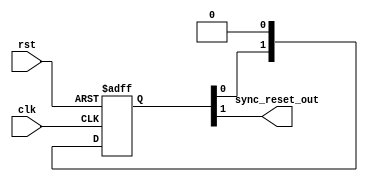
// This program was cloned from: https://github.com/alexforencich/verilog-uart
// License: MIT License

/*

Copyright (c) 2014-2018 Alex Forencich

Permission is hereby granted, free of charge, to any person obtaining a copy
of this software and associated documentation files (the "Software"), to deal
in the Software without restriction, including without limitation the rights
to use, copy, modify, merge, publish, distribute, sublicense, and/or sell
copies of the Software, and to permit persons to whom the Software is
furnished to do so, subject to the following conditions:

The above copyright notice and this permission notice shall be included in
all copies or substantial portions of the Software.

THE SOFTWARE IS PROVIDED "AS IS", WITHOUT WARRANTY OF ANY KIND, EXPRESS OR
IMPLIED, INCLUDING BUT NOT LIMITED TO THE WARRANTIES OF MERCHANTABILITY
FITNESS FOR A PARTICULAR PURPOSE AND NONINFRINGEMENT. IN NO EVENT SHALL THE
AUTHORS OR COPYRIGHT HOLDERS BE LIABLE FOR ANY CLAIM, DAMAGES OR OTHER
LIABILITY, WHETHER IN AN ACTION OF CONTRACT, TORT OR OTHERWISE, ARISING FROM,
OUT OF OR IN CONNECTION WITH THE SOFTWARE OR THE USE OR OTHER DEALINGS IN
THE SOFTWARE.

*/

// Language: Verilog-2001

`timescale 1 ns / 1 ps

/*
 * Synchronizes an active-high asynchronous reset signal to a given clock by
 * using a pipeline of N registers.
 */
module sync_reset #(
    parameter N=2 // depth of synchronizer
)(
    input wire clk,
    input wire rst,
    output wire sync_reset_out
);

reg [N-1:0] sync_reg = {N{1'b1}};

assign sync_reset_out = sync_reg[N-1];

always @(posedge clk or posedge rst) begin
    if (rst)
        sync_reg <= {N{1'b1}};
    else
        sync_reg <= {sync_reg[N-2:0], 1'b0};
end

endmodule